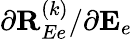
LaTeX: {\partial{\mathbf R}_{Ee}^{(k)}}/{\partial{\mathbf E}_{e}}